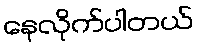
နေလိုက်ပါတယ်